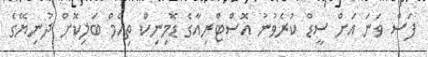
ފަސް ވަނަ އަށް ސީޑް ކުރެވުނު އޮސްޓްރިއާގެ ޑޮމިނިކް ތިއެމް ބަލިކޮށް ދުނިޔޭގެ